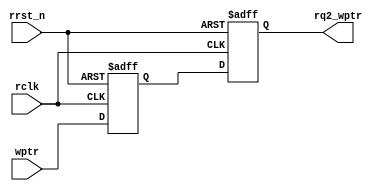
`timescale 1ns / 1ps
//////////////////////////////////////////////////////////////////////////////////
// Company: 
// Engineer: 
// 
// Design Name: 
// Module Name:    sync_w2r 
// Project Name: 
// Target Devices: 
// Tool versions: 
// Description: 
//
// Dependencies: 
//
// Revision: 
// Revision 0.01 - File Created
// Additional Comments: 
//
//////////////////////////////////////////////////////////////////////////////////
module sync_w2r #(parameter ADDRSIZE = 3)
(output reg [ADDRSIZE:0] rq2_wptr,
input [ADDRSIZE:0] wptr,
input rclk, rrst_n);
reg [ADDRSIZE:0] rq1_wptr;
always @(posedge rclk or negedge rrst_n)
if (!rrst_n) {rq2_wptr,rq1_wptr} <= 0;
else {rq2_wptr,rq1_wptr} <= {rq1_wptr,wptr};
endmodule